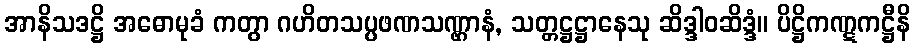
အာနိသဒဋ္ဌိ အဓောမုခံ ကတွာ ဂဟိတသပ္ပဖဏသဏ္ဌာနံ, သတ္တဋ္ဌဋ္ဌာနေသု ဆိဒ္ဒါဝဆိဒ္ဒံ။ ပိဋ္ဌိကဏ္ဋကဋ္ဌီနိ